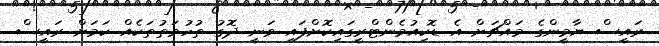
ރައީސް ޔާމީންގެ މައްޗަށް އެ ޑޮކިއުމެންޓްރީގައިކޮށްފައި ވަނީ ދޮގު ތުހުމަތުތަކެއް ކަމަށް ރައީސް